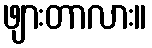
ဖျားတာလား။